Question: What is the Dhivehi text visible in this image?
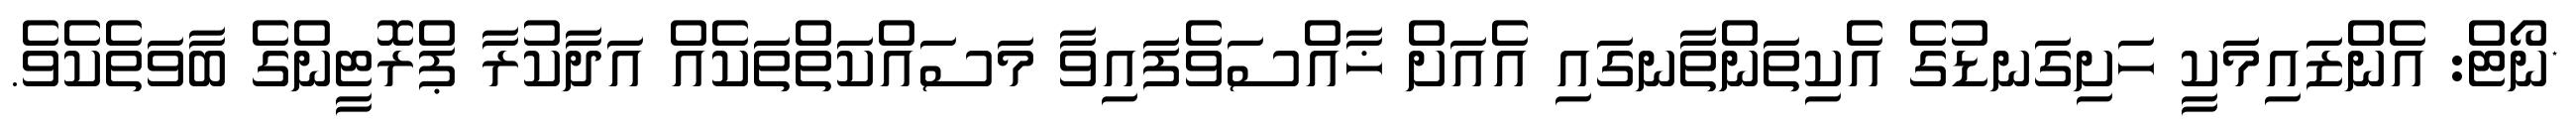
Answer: *ނޯޓް: އެންޒައިމަކީ ހަށިގަނޑުގެ އެކިތަންތާނގައި އެއަށް ޚާއްސަވެފައިވާ މަސައްކަތްތަކެއް އަދާކުރާ ޕްރޮޓީންގެ ބާވަތެކެވެ.